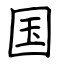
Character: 国